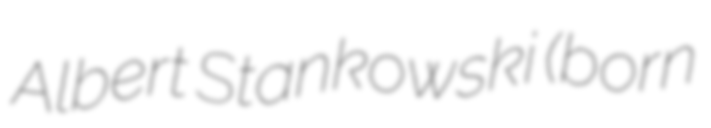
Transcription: Albert Stankowski (born